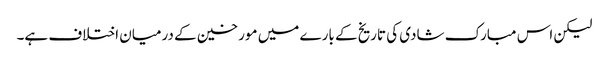
لیکن اس مبارک شادی کی تاریخ کے بارے میں مورخین کے درمیان اختلاف ہے۔